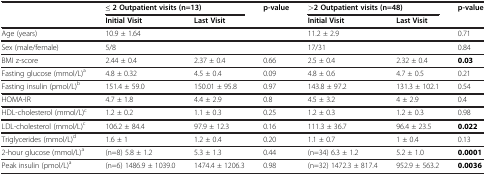
<table><thead><tr><td><b> </b></td><td colspan="2"><b>≤ 2 Outpatient visits (n=13)</b></td><td><b>p-value</b></td><td colspan="2"><b>&gt;2 Outpatient visits(n=48)</b></td><td><b>p-value</b></td></tr><tr><td><b> </b></td><td><b>Initial Visit</b></td><td><b>Last Visit</b></td><td><b> </b></td><td><b>Initial Visit</b></td><td><b>Last Visit</b></td><td><b> </b></td></tr></thead><tbody><tr><td>Age (years)</td><td>10.9 ± 1.64</td><td> </td><td> </td><td>11.2 ± 2.9</td><td> </td><td>0.71</td></tr><tr><td>Sex (male/female)</td><td>5/8</td><td> </td><td> </td><td>17/31</td><td> </td><td>0.84</td></tr><tr><td>BMI z-score</td><td>2.44 ± 0.4</td><td>2.37 ± 0.4</td><td>0.66</td><td>2.5 ± 0.4</td><td>2.32 ± 0.4</td><td><b>0.03</b></td></tr><tr><td>Fasting glucose (mmol/L)<sup>a</sup></td><td>4.8 ± 0.32</td><td>4.5 ± 0.4</td><td>0.09</td><td>4.8 ± 0.6</td><td>4.7 ± 0.5</td><td>0.21</td></tr><tr><td>Fasting insulin (pmol/L)<sup>b</sup></td><td>151.4 ± 59.0</td><td>150.01 ± 95.8</td><td>0.97</td><td>143.8 ± 97.2</td><td>131.3 ± 102.1</td><td>0.54</td></tr><tr><td>HOMA-IR</td><td>4.7 ± 1.8</td><td>4.4 ± 2.9</td><td>0.8</td><td>4.5 ± 3.2</td><td>4 ± 2.9</td><td>0.4</td></tr><tr><td>HDL-cholesterol (mmol/L)<sup>c</sup></td><td>1.2 ± 0.2</td><td>1.1 ± 0.3</td><td>0.25</td><td>1.2 ± 0.3</td><td>1.2 ± 0.3</td><td>0.98</td></tr><tr><td>LDL-cholesterol (mmol/L)<sup>c</sup></td><td>106.2 ± 84.4</td><td>97.9 ± 12.3</td><td>0.16</td><td>111.3 ± 36.7</td><td>96.4 ± 23.5</td><td><b>0.022</b></td></tr><tr><td>Triglycerides (mmol/L)<sup>d</sup></td><td>1.6 ± 1</td><td>1.2 ± 0.4</td><td>0.20</td><td>1.1 ± 0.7</td><td>1 ± 0.4</td><td>0.13</td></tr><tr><td>2-hour glucose (mmol/L)<sup>a</sup></td><td>(n=8) 5.8 ± 1.2</td><td>5.3 ± 1.3</td><td>0.44</td><td>(n=34) 6.3 ± 1.2</td><td>5.2 ± 1.0</td><td><b>0.0001</b></td></tr><tr><td>Peak insulin (pmol/L)<sup>a</sup></td><td>(n=6) 1486.9 ± 1039.0</td><td>1474.4 ± 1206.3</td><td>0.98</td><td>(n=32) 1472.3 ± 817.4</td><td>952.9 ± 563.2</td><td><b>0.0036</b></td></tr></tbody></table>